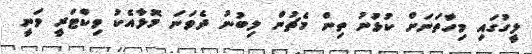
ލީގުގައި މިހާތަނަށް ކުޅުނު ތިން މެޗުން ލިބުނު ދެވަނަ މޮޅާއެކު ވިކްޓަރީ ވަނީ